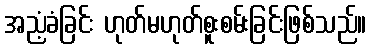
အညံ့ခံခြင်း ဟုတ်မဟုတ်စူးစမ်းခြင်းဖြစ်သည်။